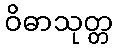
ဝိဓာသုတ္တ